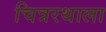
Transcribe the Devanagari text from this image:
चित्ररथाला